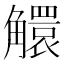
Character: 䚪